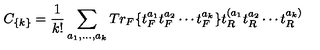
C _ { \{ k \} } = { \frac { 1 } { k ! } } \sum _ { a _ { 1 } , \dots , a _ { k } } T r _ { F } \{ t _ { F } ^ { a _ { 1 } } t _ { F } ^ { a _ { 2 } } \cdots t _ { F } ^ { a _ { k } } \} t _ { R } ^ { ( a _ { 1 } } t _ { R } ^ { a _ { 2 } } \cdots t _ { R } ^ { a _ { k } ) }